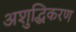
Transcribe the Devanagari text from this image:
अशुद्धिकरण